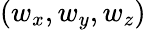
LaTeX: (w_{x},w_{y},w_{z})